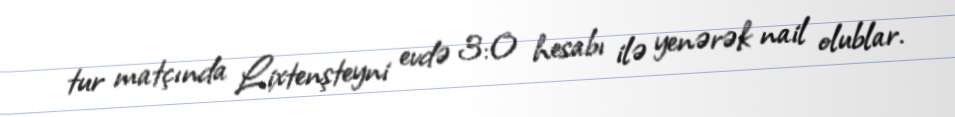
tur matçında Lixtenşteyni evdə 3:0 hesabı ilə yenərək nail olublar.